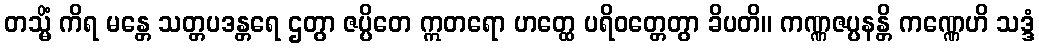
တသ္မိံ ကိရ မန္တေ သတ္တပဒန္တရေ ဌတွာ ဇပ္ပိတေ ဣတရော ဟတ္ထေ ပရိဝတ္တေတွာ ခိပတိ။ ကဏ္ဏဇပ္ပနန္တိ ကဏ္ဏေဟိ သဒ္ဒံ